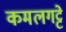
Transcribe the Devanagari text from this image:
कमलगट्टे